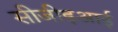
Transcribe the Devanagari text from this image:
सीजीइआई